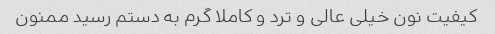
کیفیت نون خیلی عالی و ترد و کاملا گرم به دستم رسید ممنون